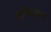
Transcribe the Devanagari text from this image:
गजियाबाद